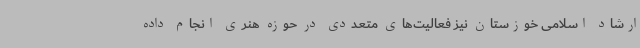
ارشاد اسلامی خوزستان نیز فعالیت‌های متعددی در حوزه هنری انجام داده